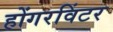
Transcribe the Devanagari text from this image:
होंगरविंटर